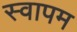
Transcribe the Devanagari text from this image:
स्वापम